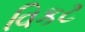
વિકટ